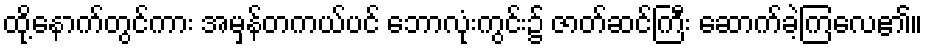
ထို့နောက်တွင်ကား အမှန်တကယ်ပင် ဘောလုံးကွင်း၌ ဇာတ်ဆင်ကြီး ဆောက်ခဲ့ကြလေ၏။